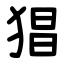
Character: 猖